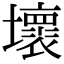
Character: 壞